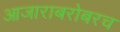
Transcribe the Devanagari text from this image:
आजाराबरोबरच